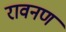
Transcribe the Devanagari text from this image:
रावनण